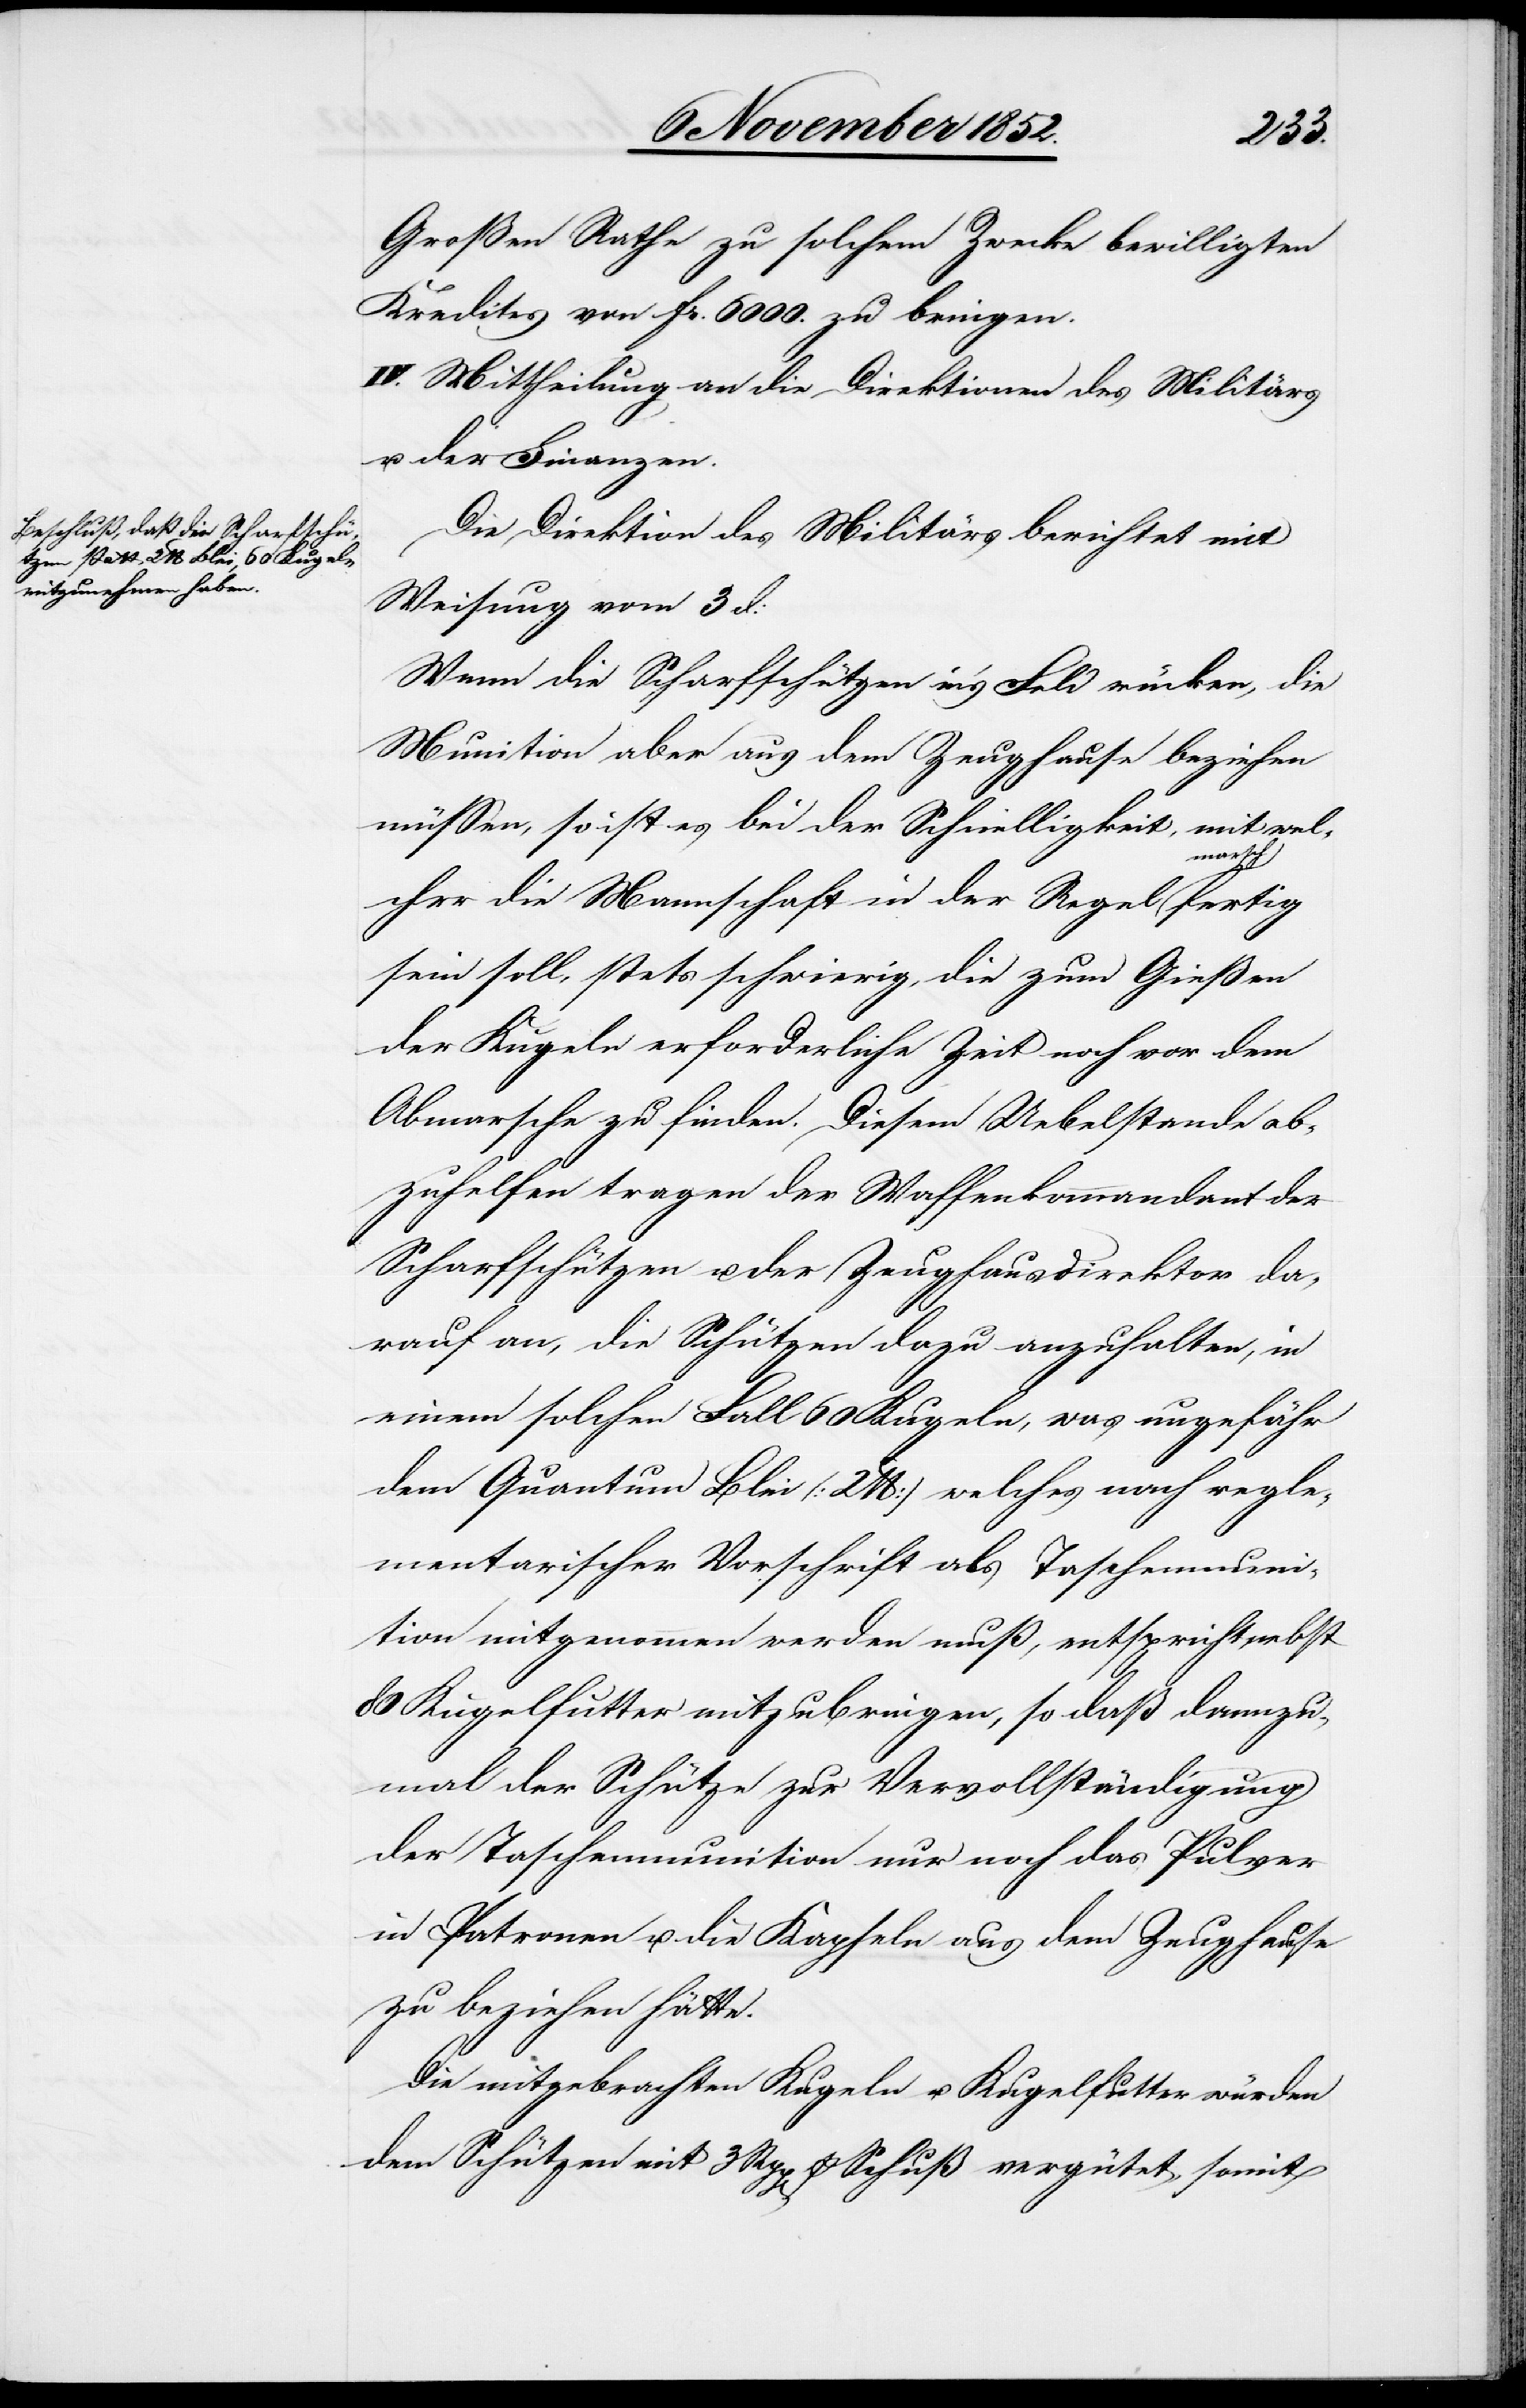
Großen Rathe zu solchem Zwecke bewilligten
Kredites von Fr. 6000. zu bringen.
IV. Mittheilung an die Direktionen des Militärs
u. der Finanzen.
Die Direktion des Militärs berichtet mit
Weisung vom 3 d:
Wenn die Scharfschützen in’s Feld rücken, die
Munition aber aus dem Zeughause beziehen
müssen, so ist es bei der Schnelligkeit, mit wel¬
rtig
cher die Mannschaft in der Regel marsc¬
sein soll, stets schwierig, die zum Gießen
der Kugeln erforderliche Zeit noch vor dem
Abmarsche zu finden. Diesem Uebelstande ab¬
zuhelfen tragen der Waffenkommandant der
Scharfschützen u. der Zeughausdirektor da¬
rauf an, die Schützen dazu anzuhalten, in
einem solchen Fall 60 Kugeln, was ungefähr
dem Quantum Blei (2 lb) welches nach regle¬
mentarischer Vorschrift als Taschenmuni¬
tion mitgenommen werden muß, entspricht, nebst
80 Kugelfutter mitzubringen, so daß dannzu¬
mal der Schütze zur Vervollständigung
der Taschenmunition nur noch das Pulver
in Patronen u. die Kapseln aus dem Zeughause
zu beziehen hätte.
Die mitgebrachten Kugeln u. Kugelfutter würden
dem Schützen mit 3 Rpp[en] p Schuß vergütet, somit